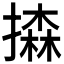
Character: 𢵳